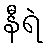
နီရဲ